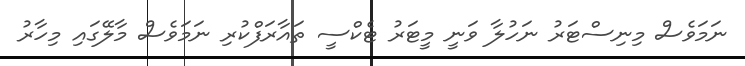
ނަމަވެސް މިނިސްޓަރު ނަހުލާ ވަނީ މީޓަރު ޓެކްސީ ތައާރަފްކުރި ނަމަވެސް މާލޭގައި މިހާރު